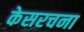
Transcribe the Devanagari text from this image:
केसरचना